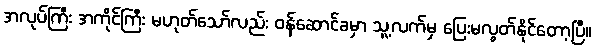
အလုပ်ကြီး အကိုင်ကြီး မဟုတ်သော်လည်း ဝန်ဆောင်ခမှာ သူ့လက်မှ ပြေးမလွတ်နိုင်တော့ပြီ။